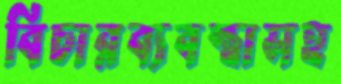
বিচারব্যবস্থাসহ